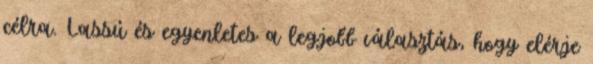
célra. Lassú és egyenletes a legjobb választás, hogy elérje